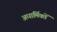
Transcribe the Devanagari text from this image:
अधार्मिकों